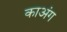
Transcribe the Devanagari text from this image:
काअंग